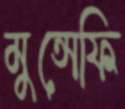
মুন্সেফি